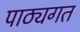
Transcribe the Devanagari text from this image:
पाठ्यगत